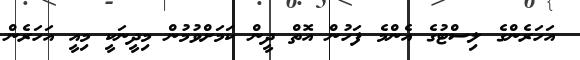
އަހަރެންގެ ލިސްޓުގެ އެންމެ ފަހުން އޮތް ދީން ކަމަށްވުމުން މިދީނަކީ މިއީ އަހަރެން